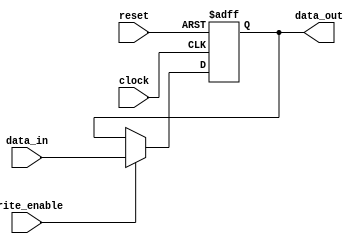
module Fallback_Bypass_Register (
    input wire [DATA_WIDTH-1:0] data_in,
    input wire write_enable,
    input wire clock,
    input wire reset,
    output reg [DATA_WIDTH-1:0] data_out
);

// Parameter for data width
parameter DATA_WIDTH = 8;

// Internal storage register for data
reg [DATA_WIDTH-1:0] fallback_data;

// Logic to write data into the register
always @(posedge clock or posedge reset) begin
    if (reset) begin
        fallback_data <= 0;
    end else if (write_enable) begin
        fallback_data <= data_in;
    end
end

// Assign output to the stored data
assign data_out = fallback_data;

endmodule